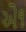
એ૧